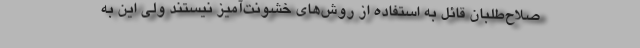
صلاح‌طلبان قائل به استفاده از روش‌های خشونت‌آمیز نیستند ولی این به